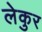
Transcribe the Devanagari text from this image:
लेकुर